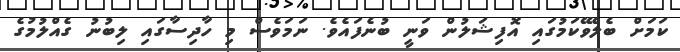
ކަމަށް ބެލެވޭކަމުގައި އޮފިޝަލުން ވަނީ ބުނެފައެވެ. ނަމަވެސް މި ހާދިސާގައި ލިބުނު ގެއްލުމުގެ